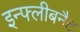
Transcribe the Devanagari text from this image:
इन्फ्लीबनैट